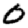
Digit: 0